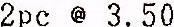
2PC @ 3.50